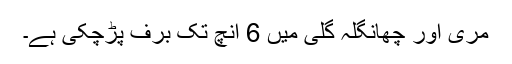
مری اور چھانگلہ گلی میں 6 انچ تک برف پڑچکی ہے۔